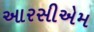
આરસીએમ